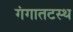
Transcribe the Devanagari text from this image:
गंगातटस्थ